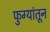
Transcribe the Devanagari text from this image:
फुग्यांतून